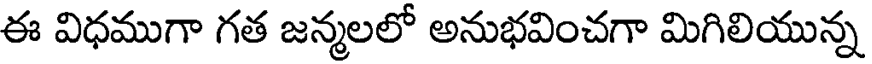
ఈ విధముగా గత జన్మలలో అనుభవించగా మిగిలియున్న